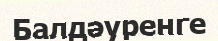
Балдәуренге